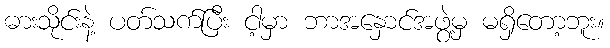
ဓားသိုင်းနဲ့ ပတ်သက်ပြီး ငါ့မှာ ဘာအနှောင်အဖွဲ့မှ မရှိတော့ဘူး။